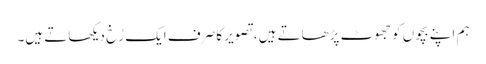
ہم اپنے بچوں کو جھوٹ پڑھاتے ہیں، تصویر کا صرف ایک رُخ دیکھاتے ہیں۔